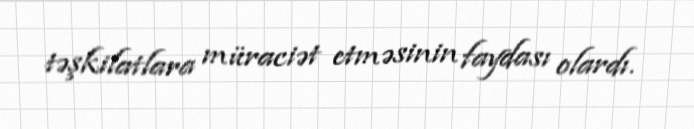
təşkilatlara müraciət etməsinin faydası olardı.